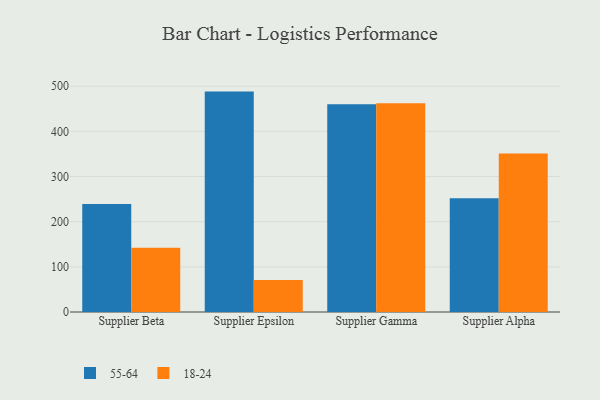
{"axis": {"x": "Supplier", "y": "Gross Profit (USD K)"}, "legend": ["18-24", "55-64"], "data": [{"x": "Supplier Beta", "y": 239.2, "type": "55-64"}, {"x": "Supplier Beta", "y": 142.5, "type": "18-24"}, {"x": "Supplier Epsilon", "y": 488.2, "type": "55-64"}, {"x": "Supplier Epsilon", "y": 70.8, "type": "18-24"}, {"x": "Supplier Gamma", "y": 460.2, "type": "55-64"}, {"x": "Supplier Gamma", "y": 462.5, "type": "18-24"}, {"x": "Supplier Alpha", "y": 252.1, "type": "55-64"}, {"x": "Supplier Alpha", "y": 350.9, "type": "18-24"}]}